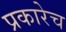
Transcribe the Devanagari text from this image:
प्रकारेच